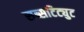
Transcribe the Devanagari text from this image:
सब्सटिट्युट